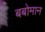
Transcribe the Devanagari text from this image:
बबोमान